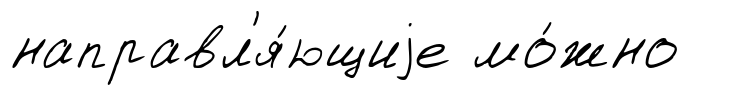
направл'я́ющиjе мо́жно